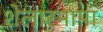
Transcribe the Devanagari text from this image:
शेलारमामा